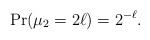
\begin{align*}\Pr(\mu_{2} = 2 \ell ) = 2^{-\ell}.\end{align*}